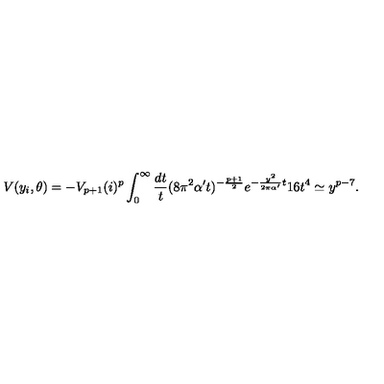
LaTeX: V ( y _ { i } , \theta ) = - V _ { p + 1 } ( i ) ^ { p } \int _ { 0 } ^ { \infty } \frac { d t } { t } ( 8 \pi ^ { 2 } \alpha ^ { \prime } t ) ^ { - \frac { p + 1 } { 2 } } e ^ { - \frac { y ^ { 2 } } { 2 \pi \alpha ^ { \prime } } t } 1 6 t ^ { 4 } \simeq y ^ { p - 7 } .